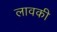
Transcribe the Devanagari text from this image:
लावकी